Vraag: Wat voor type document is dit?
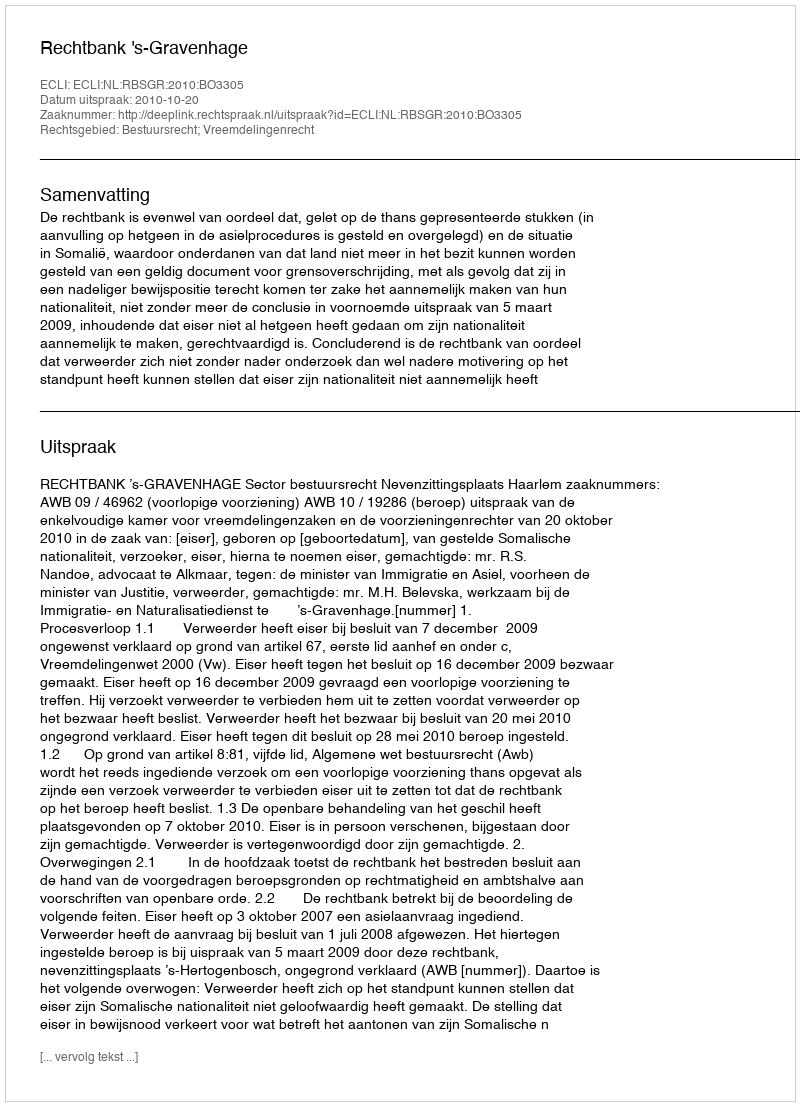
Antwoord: Uitspraak